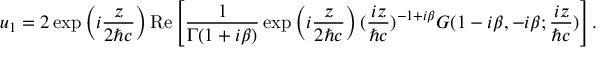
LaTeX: u _ { 1 } = 2 \exp \left( i \frac { z } { 2 { \hbar } c } \right) \mathrm { R e } \left[ \frac { 1 } { { \Gamma } ( 1 + i { \beta } ) } \exp \left( i \frac { z } { 2 { \hbar } c } \right) ( \frac { i z } { { \hbar } c } ) ^ { - 1 + i { \beta } } G ( 1 - i { \beta } , - i { \beta } ; \frac { i z } { { \hbar } c } ) \right] .